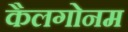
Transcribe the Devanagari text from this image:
कैलगोनम